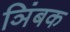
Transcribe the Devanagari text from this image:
ञिंबक